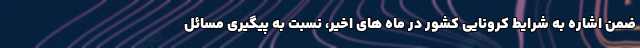
ضمن اشاره به شرایط کرونایی کشور در ماه های اخیر، نسبت به پیگیری مسائل